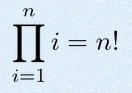
\prod_{i=1}^{n}i=n!